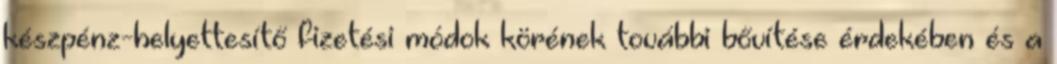
készpénz-helyettesítő fizetési módok körének további bővítése érdekében és a